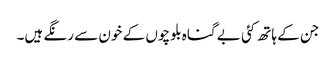
جن کے ہاتھ کئی بے گناہ بلوچوں کے خون سے رنگے ہیں۔